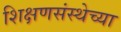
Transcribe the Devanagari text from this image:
शिक्षणसंस्थेच्या